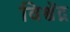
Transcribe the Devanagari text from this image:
विश्वेंद्र